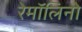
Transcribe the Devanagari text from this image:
रेमॉलिनो